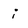
Character: i